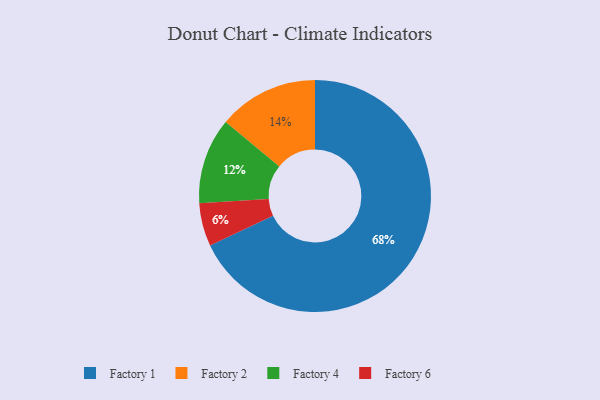
{"axis": {"x": "Category", "y": "Percentage"}, "legend": ["Factory 1", "Factory 2", "Factory 4", "Factory 6"], "data": [{"x": "Factory 4", "y": 12, "type": "Factory 4"}, {"x": "Factory 1", "y": 68, "type": "Factory 1"}, {"x": "Factory 6", "y": 6, "type": "Factory 6"}, {"x": "Factory 2", "y": 14, "type": "Factory 2"}]}